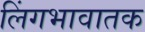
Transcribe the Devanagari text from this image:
लिंगभावातक